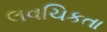
લવચિકતા